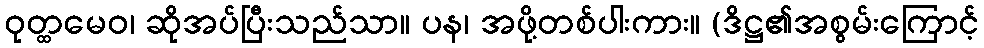
ဝုတ္ထမေဝ၊ ဆိုအပ်ပြီးသည်သာ။ ပန၊ အဖို့တစ်ပါးကား။ (ဒိဋ္ဌ၏အစွမ်းကြောင့်